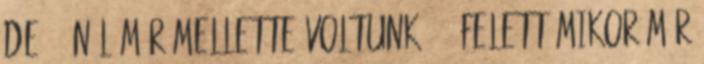
de 100nál már mellette voltunk 100 felett mikor már